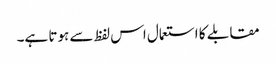
مقابلے کا استعمال اس لفظ سے ہوتا ہے۔